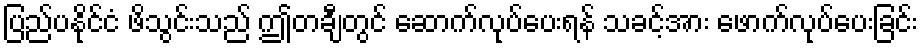
ပြည်ပနိုင်ငံ ဖိသွင်းသည် ဤတချီတွင် ဆောက်လုပ်ပေးရန် သခင့်အား ဖောက်လုပ်ပေးခြင်း